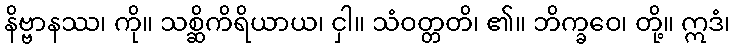
နိဗ္ဗာနဿ၊ ကို။ သစ္ဆိကိရိယာယ၊ ငှါ။ သံဝတ္တတိ၊ ၏။ ဘိက္ခဝေ၊ တို့။ ဣဒံ၊